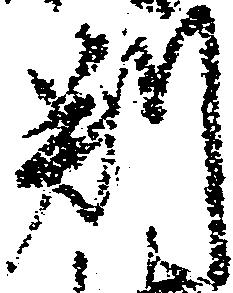
判